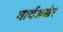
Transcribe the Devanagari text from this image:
मार्चअखेर